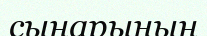
сыңарының